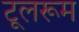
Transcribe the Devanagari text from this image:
टूलरूम